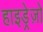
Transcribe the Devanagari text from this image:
हाइड्रेज़ो